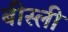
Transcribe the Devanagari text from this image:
बीस्ली